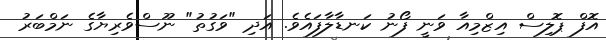
އޮފް ޕޮލިސް އިޒްމިއާ ވަނީ ފޯނު ކަނޑާލާފައެވެ. އަދި "ވަގުތު" ނޫސްވެރިޔާގެ ނަމްބަރު